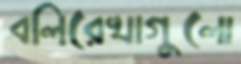
বলিরেখাগুলো